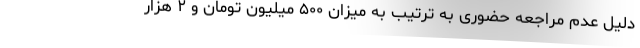
دلیل عدم مراجعه حضوری به ترتیب به میزان ۵۰۰ میلیون تومان و ۲ هزار